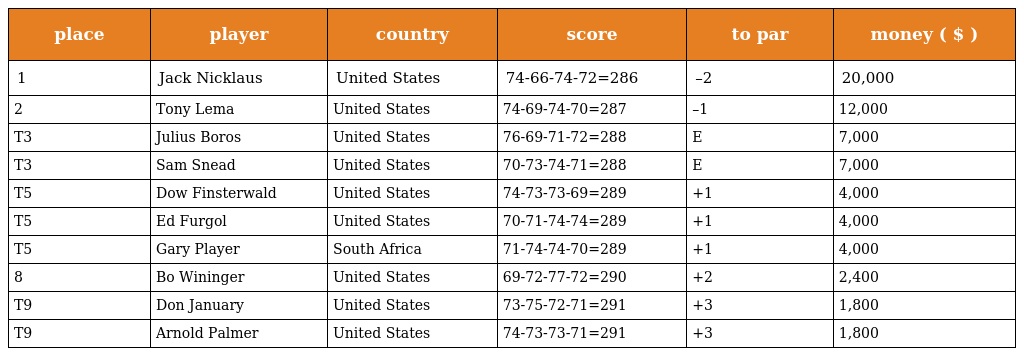
| place | player | country | score | to par | money ( $ ) |
 | --- | --- | --- | --- | --- | --- |
 | 1 | Jack Nicklaus | United States | 74-66-74-72=286 | –2 | 20,000 |
 | 2 | Tony Lema | United States | 74-69-74-70=287 | –1 | 12,000 |
 | T3 | Julius Boros | United States | 76-69-71-72=288 | E | 7,000 |
 | T3 | Sam Snead | United States | 70-73-74-71=288 | E | 7,000 |
 | T5 | Dow Finsterwald | United States | 74-73-73-69=289 | +1 | 4,000 |
 | T5 | Ed Furgol | United States | 70-71-74-74=289 | +1 | 4,000 |
 | T5 | Gary Player | South Africa | 71-74-74-70=289 | +1 | 4,000 |
 | 8 | Bo Wininger | United States | 69-72-77-72=290 | +2 | 2,400 |
 | T9 | Don January | United States | 73-75-72-71=291 | +3 | 1,800 |
 | T9 | Arnold Palmer | United States | 74-73-73-71=291 | +3 | 1,800 |